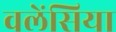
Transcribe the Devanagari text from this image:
वलेंसिया